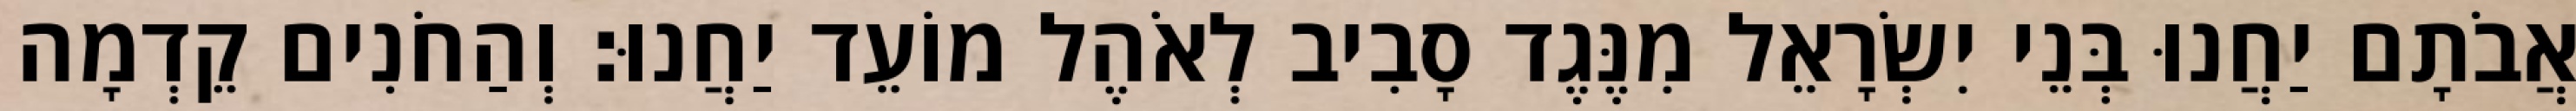
אֲבֹתָם יַחֲנוּ בְּנֵי יִשְׂרָאֵל מִנֶּגֶד סָבִיב לְאֹהֶל מוֹעֵד יַחֲנוּ׃ וְהַחֹנִים קֵדְמָה